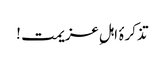
تذکرۂ اہلِ عزیمت !